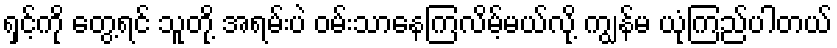
ရှင့်ကို တွေ့ရင် သူတို့ အရမ်းပဲ ဝမ်းသာနေကြလိမ့်မယ်လို့ ကျွန်မ ယုံကြည်ပါတယ်